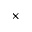
\times